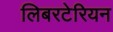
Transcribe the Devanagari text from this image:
लिबरटेरियन